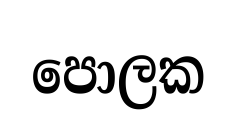
පොලක